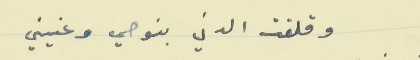
وقلقت الدني بنوحي وعنيني